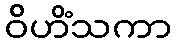
ဝိဟိံသကာ